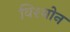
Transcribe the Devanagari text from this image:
विश्बोन